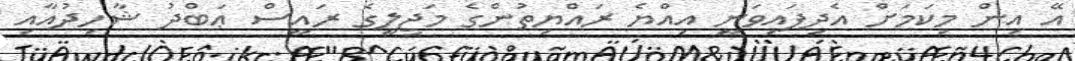
އޭ އިން މިކަމަށް އެދިފައިވަނީ އިއްޔެ ރައްޔިތުންގެ މަޖިލީގެ ރައީސް ޢަބްދު ޝާހިދުއާއި